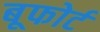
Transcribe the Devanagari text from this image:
बूफोर्ट